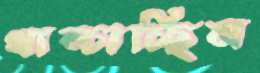
খাম্‌চাচ্ছিল